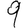
Digit: 9